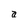
Character: a